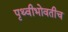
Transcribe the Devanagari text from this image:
पृथ्वीभोवतीच